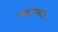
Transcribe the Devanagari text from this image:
षड्यंत्रवादी